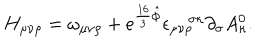
H _ { \mu \nu \rho } = \omega _ { \mu \nu \rho } + e ^ { \frac { 1 6 } { 3 } \hat { \phi } } \epsilon _ { \mu \nu \rho } ^ { \quad \sigma \kappa } \partial _ { \sigma } A _ { \kappa } ^ { 0 } .